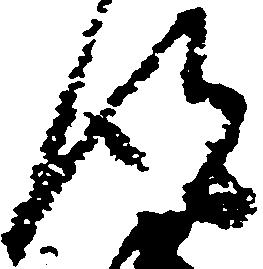
得